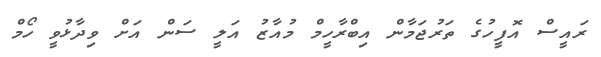
ރައީސް އޮފީހުގެ ތަރުޖަމާން އިބްރާހީމް މުއާޒު އަލީ ސަން އަށް ވިދާޅުވީ ހޯމް